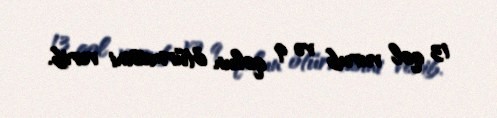
13 qol vurub və 9 qolun ötürməsini verib.